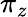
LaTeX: \pi_{z}